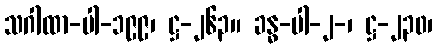
သဂါထာ-ပါ-၁၉၉၊ ဋ္ဌ-၂၆၃။ ခန္ဓ-ပါ-၂-၊ ဋ္ဌ-၂၃၀၊